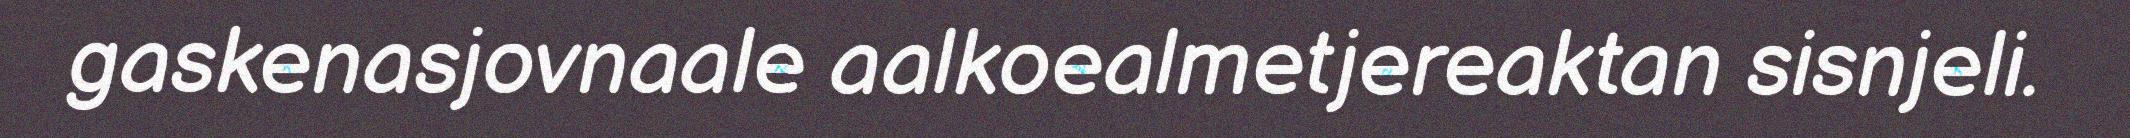
gaskenasjovnaale aalkoealmetjereaktan sisnjeli.